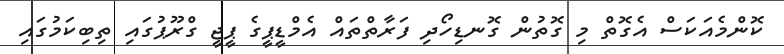
ކޮންމެއަކަސް އެގޮތް މި ގޮތުން ގޮނޑިހޯދި ފަރާތްތައް އެމްޑީޕީގެ ޕީޖީ ގްރޫޕުގައި ތިބިކަމުގައި